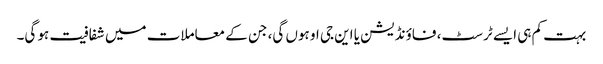
بہت کم ہی ایسے ٹرسٹ، فاؤنڈیشن یا این جی او ہوں گی، جن کے معاملات میں شفافیت ہو گی۔